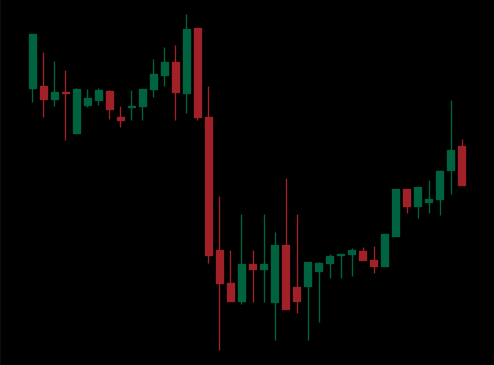
Pattern: unclassified